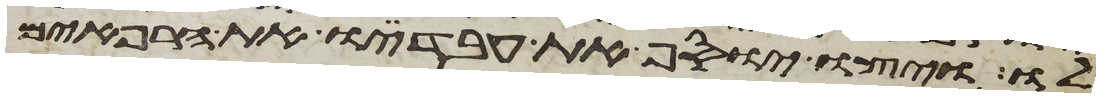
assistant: לו ויצו יוסף את עבדיו את הרפאים